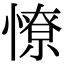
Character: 憭